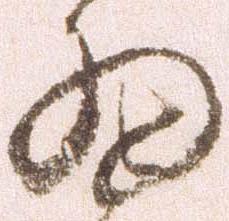
細